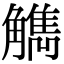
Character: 觹